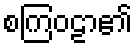
စကြဝဠာ၏